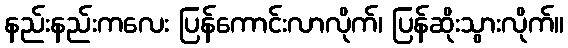
နည်းနည်းကလေး ပြန်ကောင်းလာလိုက်၊ ပြန်ဆိုးသွားလိုက်။